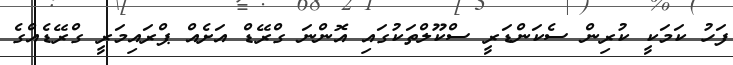
ފަހު ކަމަކީ ކުރިން ސެކަންޑަރީ ސްކޫލްތަކުގައި އޮންނަ ގްރޭޑް އަށެއް ޕްރައިމަރީ ގްރޭޑެއްގެ